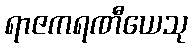
ရာဇကရဏီယေသု